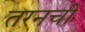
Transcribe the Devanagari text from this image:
तरनची